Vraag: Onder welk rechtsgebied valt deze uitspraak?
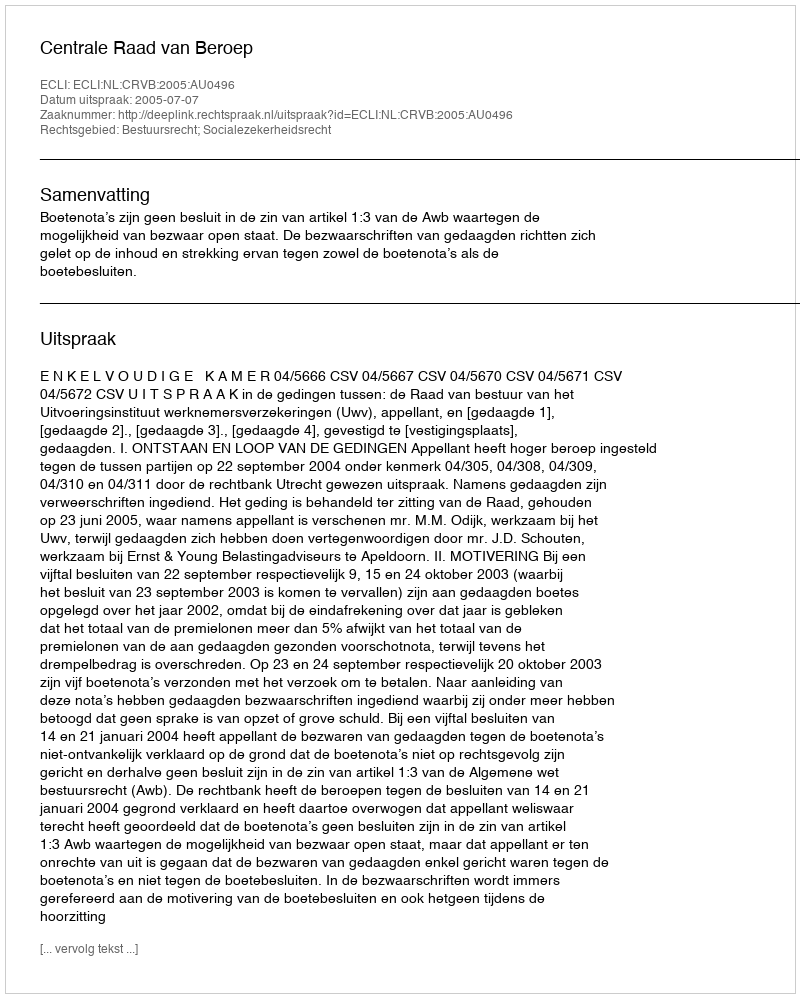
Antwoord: Bestuursrecht; Socialezekerheidsrecht